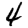
Digit: 4